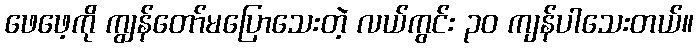
ဖေဖေ့ကို ကျွန်တော်မပြောသေးတဲ့ လယ်ကွင်း ၃၀ ကျန်ပါသေးတယ်။